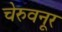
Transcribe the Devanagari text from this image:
चेरुवनूर